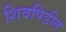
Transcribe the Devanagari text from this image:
शिवपिंडीत